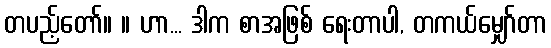
တပည့်တော်။ ။ ဟာ... ဒါက စာအဖြစ် ရေးတာပါ, တကယ်မျှော်တာ